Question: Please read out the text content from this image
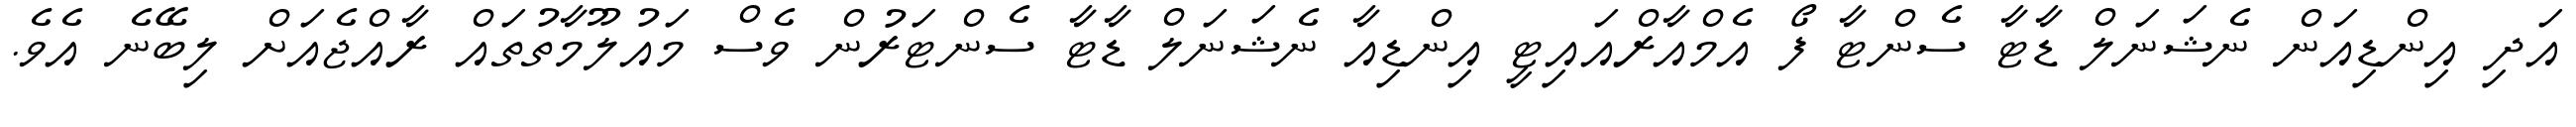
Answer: އަދި އިންޑިއަން ނެޝަނަލް ޑާޓާ ސެންޓާ ފޯ އެމްއާރްއައިޓީ އިންޑިއާ ނެޝަނަލް ޑާޓާ ސެންޓަރުން ވެސް މައުލޫމާތުތައް ރާއްޖެއަށް ލިބޭނެ އެވެ.